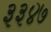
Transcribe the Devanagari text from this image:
३३४७